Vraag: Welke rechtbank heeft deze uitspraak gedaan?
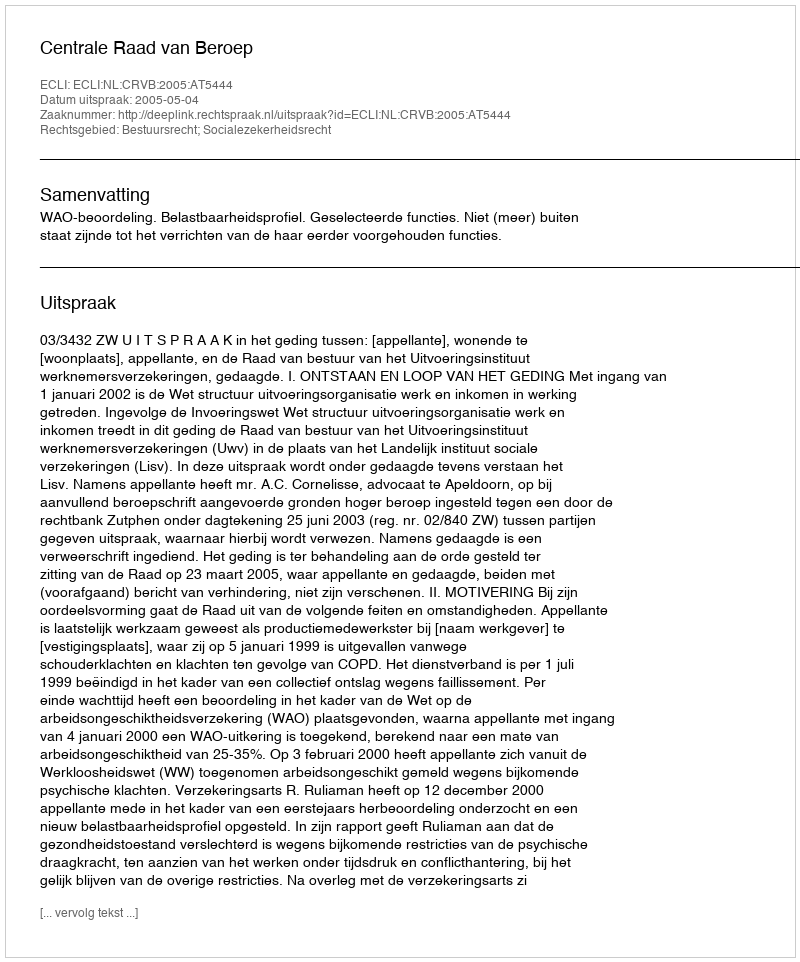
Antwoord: Centrale Raad van Beroep